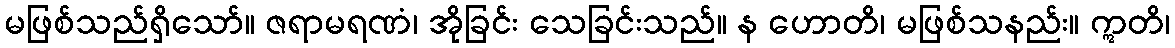
မဖြစ်သည်ရှိသော်။ ဇရာမရဏံ၊ အိုခြင်း သေခြင်းသည်။ န ဟောတိ၊ မဖြစ်သနည်း။ ဣတိ၊